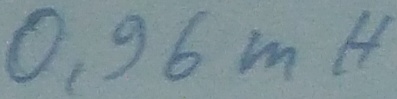
Text: 0,96mH